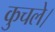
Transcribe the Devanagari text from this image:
कुचले।